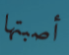
أصبتها